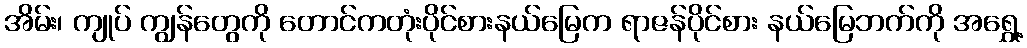
အိမ်း၊ ကျုပ် ကျွန်တွေကို တောင်ကတုံးပိုင်စားနယ်မြေက ရာဇန်ပိုင်စား နယ်မြေဘက်ကို အရွှေ့